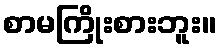
စာမကြိုးစားဘူး။